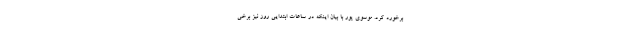
برخورد کرد. موسوی پور با بیان اینکه در ساعات ابتدایی روز نیز برخی